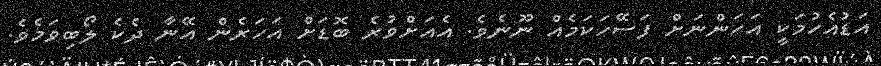
އަޑުއެހުމަކީ އަހަންނަށް ފަސޭހަކަމެއް ނޫނެވެ. އެއަށްވުރެ ބޮޑަށް އަހަރެން އޭނާ ދެކެ ލޯބިވަމެވެ.